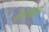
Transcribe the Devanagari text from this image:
करतेवेळीं